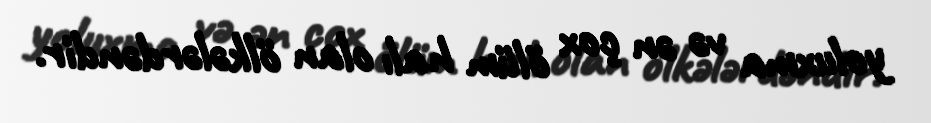
yoluxma və ən çox ölüm halı olan ölkələrdəndir.